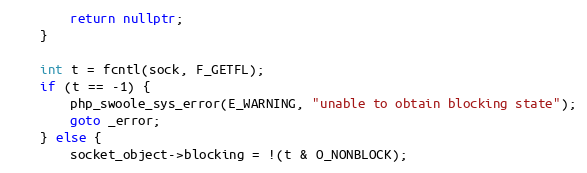
Language: C++
        return nullptr;
    }

    int t = fcntl(sock, F_GETFL);
    if (t == -1) {
        php_swoole_sys_error(E_WARNING, "unable to obtain blocking state");
        goto _error;
    } else {
        socket_object->blocking = !(t & O_NONBLOCK);